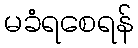
မခံရစေရန်